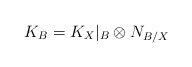
\begin{align*}K_{B}=K_{X}|_{B} \otimes N_{B/X}\end{align*}